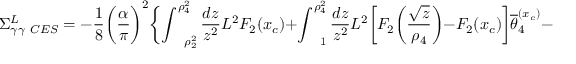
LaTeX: \Sigma _ { \gamma \gamma \ C E S } ^ { L } = - \frac { 1 } { 8 } \biggl ( \frac { \alpha } { \pi } \biggr ) ^ { 2 } \biggl \{ \int _ { \ \ \ \rho _ { 2 } ^ { 2 } } ^ { \rho _ { 4 } ^ { 2 } } \frac { d z } { z ^ { 2 } } L ^ { 2 } F _ { 2 } ( x _ { c } ) + \int _ { \ \ \ 1 } ^ { \rho _ { 4 } ^ { 2 } } \frac { d z } { z ^ { 2 } } L ^ { 2 } \biggl [ F _ { 2 } \biggl ( \frac { \sqrt { z } } { \rho _ { 4 } } \biggr ) - F _ { 2 } ( x _ { c } ) \biggr ] \overline { { \theta } } _ { 4 } ^ { ( x _ { c } ) } -